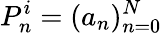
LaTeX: P_{n}^{i}=(a_{n})_{n=0}^{N}